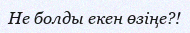
Не болды екен өзiңе?!